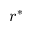
r ^ { * }